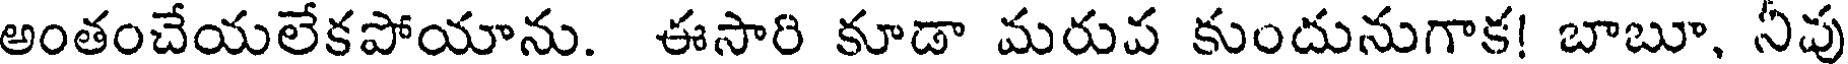
అంతంచేయలేకపోయాను. ఈసారి కూడా మరుప కుందునుగాక! బాబూ, నీపు